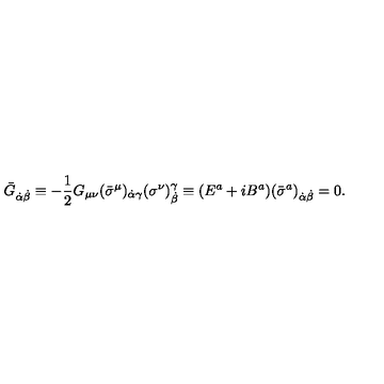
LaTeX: \bar { G } _ { \dot { \alpha } \dot { \beta } } \equiv - \frac 1 2 G _ { \mu \nu } ( \bar { \sigma } ^ { \mu } ) _ { \dot { \alpha } \gamma } ( \sigma ^ { \nu } ) _ { \dot { \beta } } ^ { \gamma } \equiv ( { E } ^ { a } + i { B } ^ { a } ) ( { \bar { \sigma } } ^ { a } ) _ { \dot { \alpha } \dot { \beta } } = 0 .